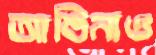
আঙিনাও